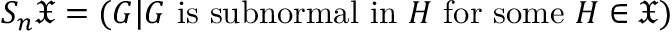
S _ { n } { \mathfrak { X } } = ( G | G { \mathrm { ~ i s ~ s u b n o r m a l ~ i n ~ } } H { \mathrm { ~ f o r ~ s o m e ~ } } H \in { \mathfrak { X } } )